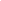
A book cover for Pharmacokinetics: Processes, Mathematics, and Applications (ACS Professional Reference Book); Peter G. Welling; Medical Books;